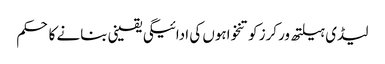
لیڈی ہیلتھ ورکرز کو تنخواہوں کی ادائیگی یقینی بنانے کا حکم